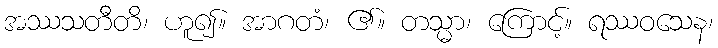
အဿသတီတိ၊ ဟူ၍။ အာဂတံ၊ ၏။ တသ္မာ၊ ကြောင့်။ ရဿဝသေန၊